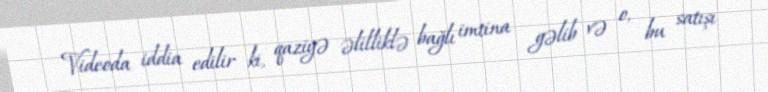
Videoda iddia edilir ki, qaziyə əlilliklə bağlı imtina gəlib və o, bu satışı